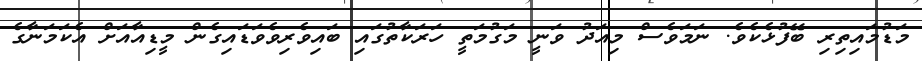
މަޑުމައިތިރި ބޭފުޅެކެވެ. ނަމަވެސް މިއަދު ވަނީ މަގުމަތީ ހަރަކާތުގައި ބައިވެރިވެވަޑައިގެން މީޑިއާއަށް އެކަމަނާގެ